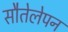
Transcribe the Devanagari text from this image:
सौतेलेपन